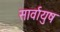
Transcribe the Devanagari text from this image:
सार्वायुष